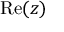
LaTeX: \operatorname { R e } ( z )